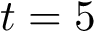
t = 5